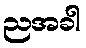
ညအခါ